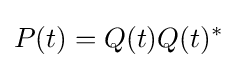
P(t)=Q(t)Q(t)^{*}